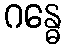
ဂန္ဓေ